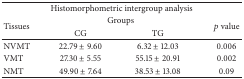
<table><thead><tr><td colspan="4"><b>Histomorphometric intergroup analysis</b></td></tr><tr><td rowspan="2"><b>Tissues</b></td><td colspan="2"><b>Groups</b></td><td rowspan="2"><b><i>p</i> value</b></td></tr><tr><td><b>CG</b></td><td><b>TG</b></td></tr></thead><tbody><tr><td>NVMT</td><td>22.79 ± 9.60</td><td>6.32 ± 12.03</td><td>0.006</td></tr><tr><td>VMT</td><td>27.30 ± 5.55</td><td>55.15 ± 20.91</td><td>0.002</td></tr><tr><td>NMT</td><td>49.90 ± 7.64</td><td>38.53 ± 13.08</td><td>0.09</td></tr></tbody></table>